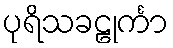
ပုရိသခဠုင်္ကာ